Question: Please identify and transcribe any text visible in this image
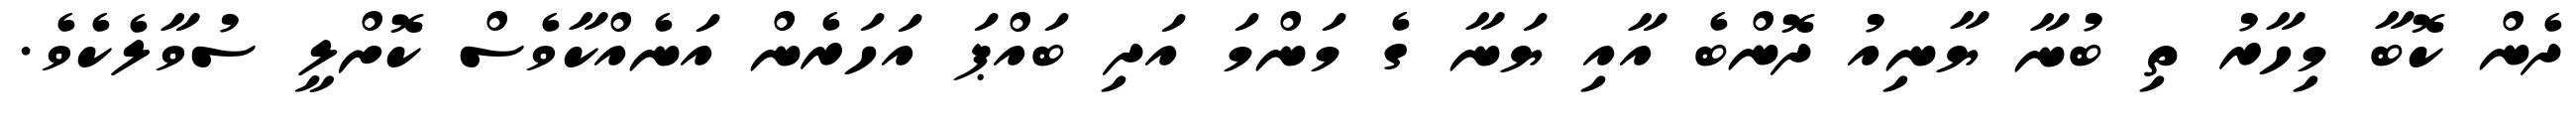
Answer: ދެން ކޮބާ މިހާރު ތި ބުނާ ޔާނިއު ދޮންބެ އާއި ޔަނާ ގެ މަންމަ އަދި ބައްޕަ އަހަރެން އަނެއްކާވެސް ކޮށްލީ ސުވާލެކެވެ.